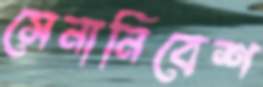
সেনানিবেশ